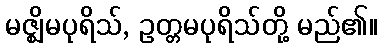
မဇ္ဈိမပုရိသ်, ဥတ္တမပုရိသ်တို့ မည်၏။